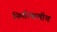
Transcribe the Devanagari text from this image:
निर्मात्याचीच